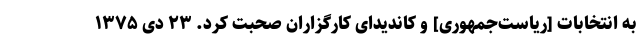
به انتخابات [ریاست‌جمهوری] و کاندیدای کارگزاران صحبت کرد. ۲۳ دی ۱۳۷۵